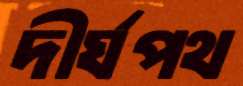
দীর্ঘপথ